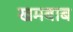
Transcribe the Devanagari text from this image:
खमबाब